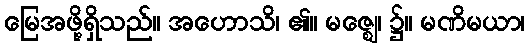
မြေအဖို့ရှိသည်။ အဟောသိ၊ ၏။ မဇ္ဈေ၊ ၌။ မဏိမယာ၊